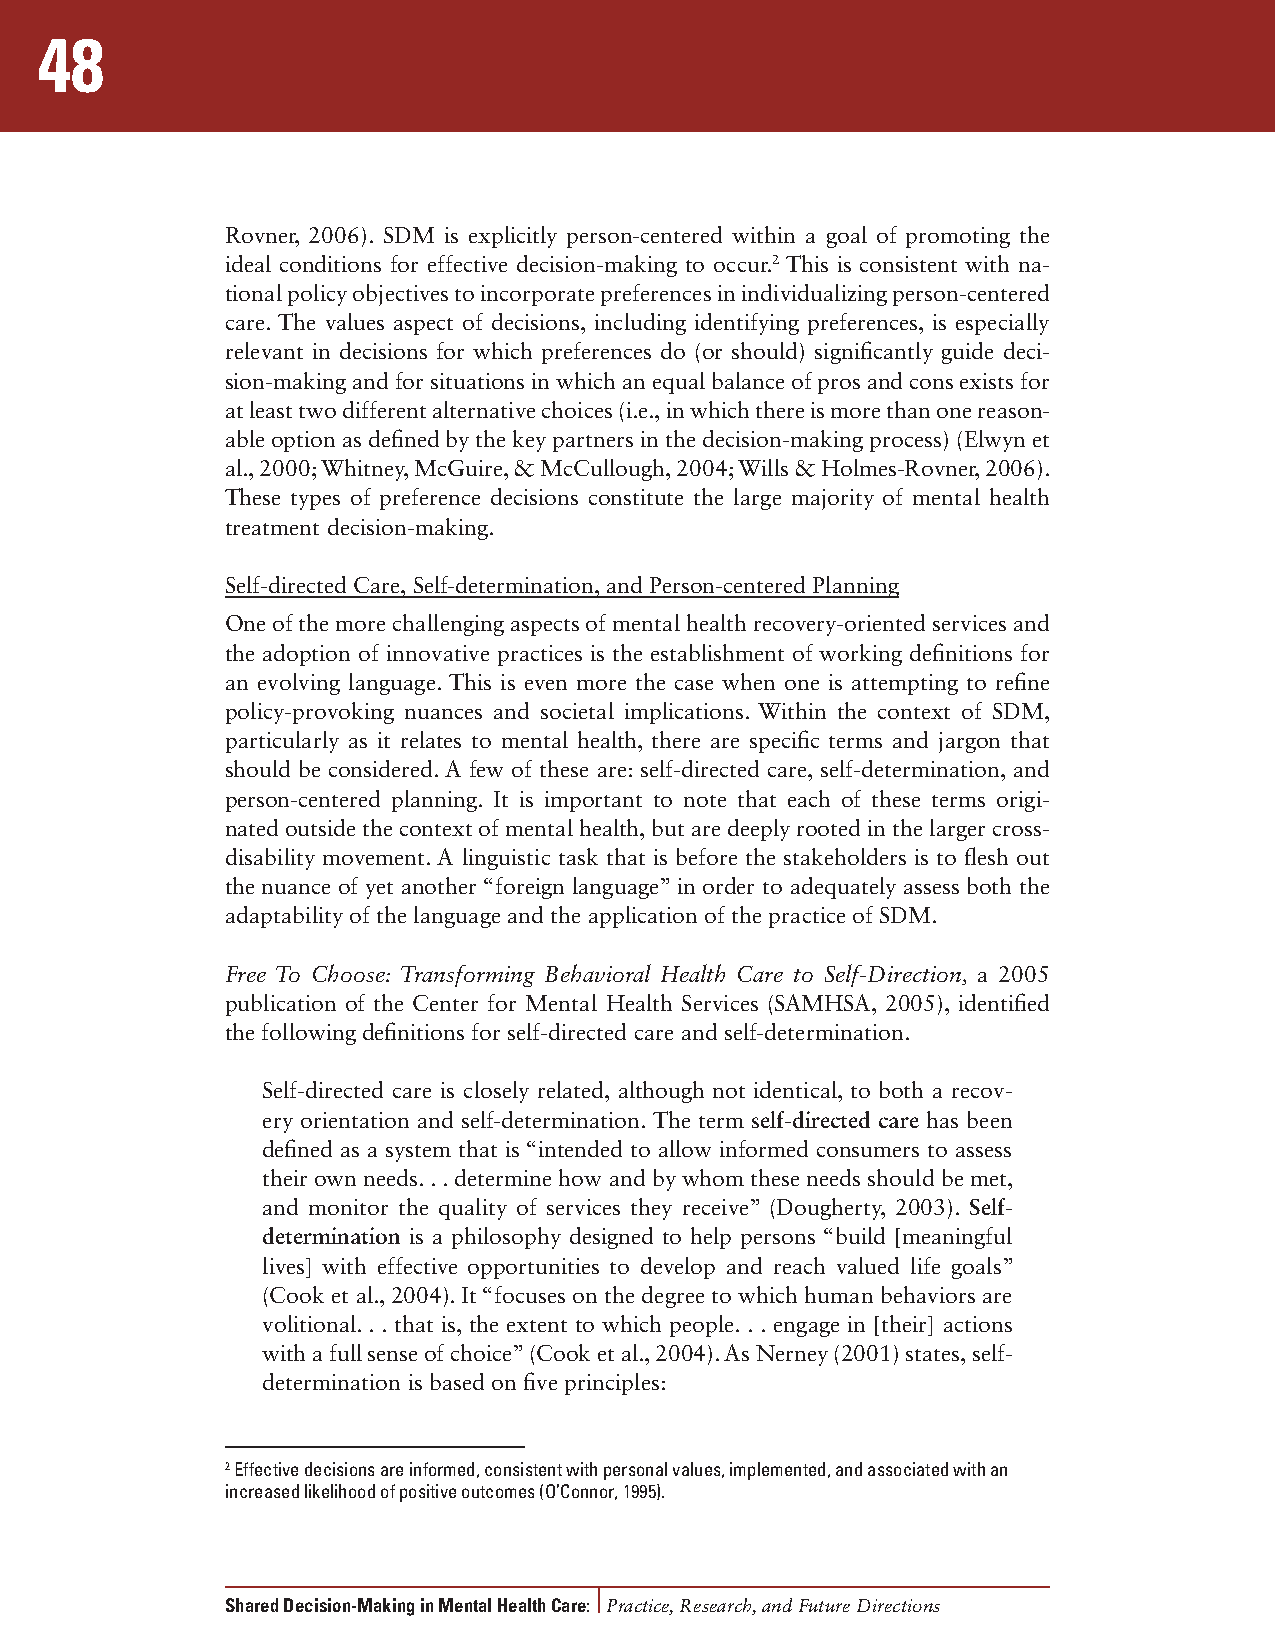
48
 Rovner, 2006). SDM is explicitly person-centered within a goal of promoting the
 ideal conditions for effective decision-making to occur.2 This is consistent with na-
 tional policy objectives to incorporate preferences in individualizing person-centered
 care. The values aspect of decisions, including identifying preferences, is especially
 relevant in decisions for which preferences do (or should) significantly guide deci-
 sion-making and for situations in which an equal balance of pros and cons exists for
 at least two different alternative choices (i.e., in which there is more than one reason-
 able option as defined by the key partners in the decision-making process) (Elwyn et
 al., 2000; Whitney, McGuire, & McCullough, 2004; Wills & Holmes-Rovner, 2006).
 These types of preference decisions constitute the large majority of mental health
 treatment decision-making.
 Self-directed Care, Self-determination, and Person-centered Planning
 One of the more challenging aspects of mental health recovery-oriented services and
 the adoption of innovative practices is the establishment of working definitions for
 an evolving language. This is even more the case when one is attempting to refine
 policy-provoking nuances and societal implications. Within the context of SDM,
 particularly as it relates to mental health, there are specific terms and jargon that
 should be considered. A few of these are: self-directed care, self-determination, and
 person-centered planning. It is important to note that each of these terms origi-
 nated outside the context of mental health, but are deeply rooted in the larger cross-
 disability movement. A linguistic task that is before the stakeholders is to flesh out
 the nuance of yet another “foreign language” in order to adequately assess both the
 adaptability of the language and the application of the practice of SDM.
 Free To Choose: Transforming Behavioral Health Care to Self-Direction, a 2005
 publication of the Center for Mental Health Services (SAMHSA, 2005), identified
 the following definitions for self-directed care and self-determination.
 Self-directed care is closely related, although not identical, to both a recov-
 ery orientation and self-determination. The term self-directed care has been
 defined as a system that is “intended to allow informed consumers to assess
 their own needs. . . determine how and by whom these needs should be met,
 and monitor the quality of services they receive” (Dougherty, 2003). Self-
 determination is a philosophy designed to help persons “build [meaningful
 lives] with effective opportunities to develop and reach valued life goals”
 (Cook et al., 2004). It “focuses on the degree to which human behaviors are
 volitional. . . that is, the extent to which people. . . engage in [their] actions
 with a full sense of choice” (Cook et al., 2004). As Nerney (2001) states, self-
 determination is based on five principles:
 2 Effective decisions are informed, consistent with personal values, implemented, and associated with an
 increased likelihood of positive outcomes (O’Connor, 1995).
 Shared Decision-Making in Mental Health Care: Practice, Research, and Future Directions